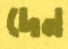
দেন